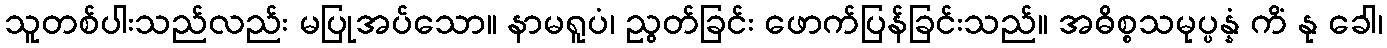
သူတစ်ပါးသည်လည်း မပြုအပ်သော။ နာမရူပံ၊ ညွတ်ခြင်း ဖောက်ပြန်ခြင်းသည်။ အဓိစ္စသမုပ္ပန္နံ ကိံ နု ခေါ၊